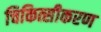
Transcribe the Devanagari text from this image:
चिकित्सीकरण